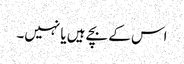
اس کے بچے ہیں یا نہیں۔